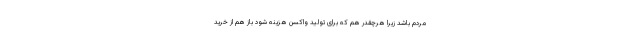
مردم باشد زیرا هرچقدر هم که برای تولید واکسن هزینه شود باز هم از خرید